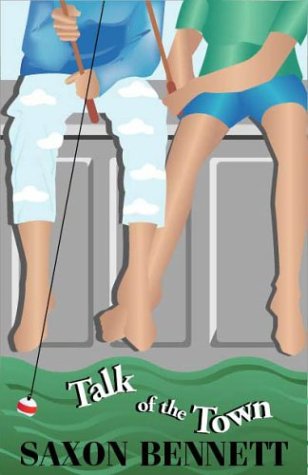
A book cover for Talk of the Town; Saxon Bennett; Romance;